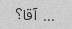
... آقا؟